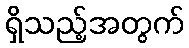
ရှိသည့်အတွက်